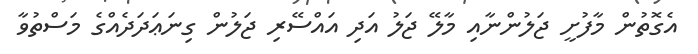
އެގޮތުން މާފުށީ ޖަލުންނާއި މާލޭ ޖަލު އަދި އައްސޭރި ޖަލުން ގިނަޢަދަދެއްގެ މަސްތުވާ